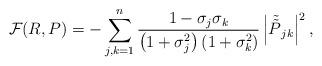
LaTeX: \begin{align*}\mathcal{F}(R,P) = -\sum _{j,k=1}^n \frac {1- \sigma_j \sigma_k }{\left ( 1+\sigma_j^2 \right ) \left ( 1+\sigma_k^2 \right )} \left |{\tilde{\tilde P}}_{jk}\right |^2 ,\end{align*}